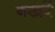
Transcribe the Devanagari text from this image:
बखरें